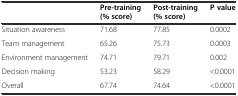
<table><thead><tr><td></td><td><b>Pre-training (% score)</b></td><td><b>Post-training (% score)</b></td><td><b>P value</b></td></tr></thead><tbody><tr><td>Situation awareness</td><td>71.68</td><td>77.85</td><td>0.0002</td></tr><tr><td>Team management</td><td>65.26</td><td>75.73</td><td>0.0003</td></tr><tr><td>Environment management</td><td>74.71</td><td>79.71</td><td>0.002</td></tr><tr><td>Decision making</td><td>53.23</td><td>58.29</td><td>&lt;0.0001</td></tr><tr><td>Overall</td><td>67.74</td><td>74.64</td><td>&lt;0.0001</td></tr></tbody></table>